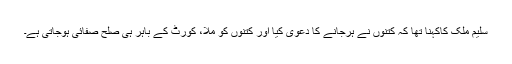
سلیم ملک کاکہنا تھا کہ کتنوں نے ہرجانے کا دعویٰ کیا اور کتنوں کو ملا، کورٹ کے باہر ہی صلح صفائی ہوجاتی ہے۔